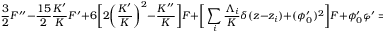
\frac { 3 } { 2 } F ^ { \prime \prime } - \frac { 1 5 } { 2 } \frac { K ^ { \prime } } { K } F ^ { \prime } + 6 \bigg [ 2 \bigg ( \frac { K ^ { \prime } } { K } \bigg ) ^ { 2 } - \frac { K ^ { \prime \prime } } { K } \bigg ] F + \bigg [ \sum _ { i } \frac { \Lambda _ { i } } { K } \delta ( z - z _ { i } ) + ( \phi _ { 0 } ^ { \prime } ) ^ { 2 } \bigg ] F + \phi _ { 0 } ^ { \prime } \varphi ^ { \prime } = 0 ,